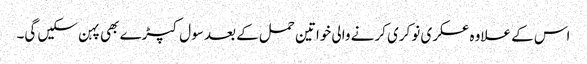
اس کے علاوہ عسکری نوکری کرنے والی خواتین حمل کے بعد سول کپڑے بھی پہن سکیں گی۔